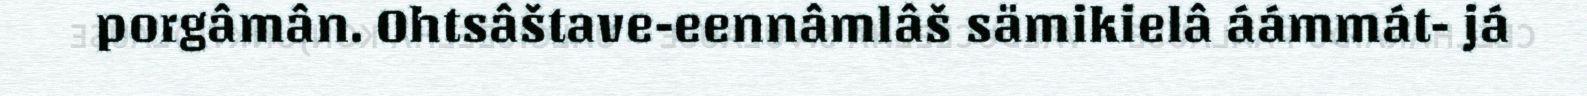
porgâmân. Ohtsâštave-eennâmlâš sämikielâ áámmát- já